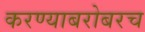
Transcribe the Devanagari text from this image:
करण्‍याबरोबरच